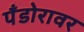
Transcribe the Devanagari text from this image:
पँडोरावर